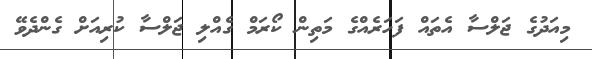
މިއަދުގެ ޖަލްސާ އެތައް ފަހަރެއްގެ މަތިން ކޯރަމް ގެއްލި ޖަލްސާ ކުރިއަށް ގެންދެވޭ